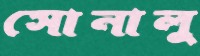
সোনালু